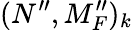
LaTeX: (N^{\prime\prime},M_{F}^{\prime\prime})_{k}